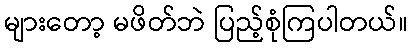
များတော့ မဖိတ်ဘဲ ပြည့်စုံကြပါတယ်။